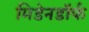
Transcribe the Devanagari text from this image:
मिडेनडॉर्फ